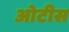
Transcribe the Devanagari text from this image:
ओटीस